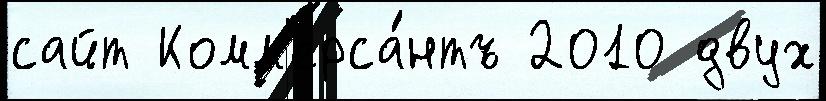
сайт Комм'ерса́нтъ 2010 двух